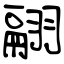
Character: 翮